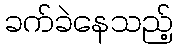
ခက်ခဲနေသည့်